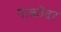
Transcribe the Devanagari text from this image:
नाकोदर